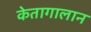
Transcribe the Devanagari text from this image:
केतागालान